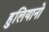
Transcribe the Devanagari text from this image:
हुलियानो